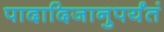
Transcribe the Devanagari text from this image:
पादादिजानुपर्यंतं